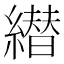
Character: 𦅦